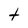
Character: t